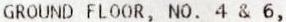
GROUND FLOOR, NO. 4 & 6,